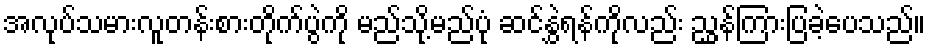
အလုပ်သမားလူတန်းစားတိုက်ပွဲကို မည်သို့မည်ပုံ ဆင်နွှဲရန်ကိုလည်း ညွှန်ကြားပြခဲ့ပေသည်။